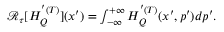
\begin{array} { r } { \mathcal { R } _ { \tau } [ H _ { Q } ^ { ' ( T ) } ] ( x ^ { \prime } ) = \int _ { - \infty } ^ { + \infty } H _ { Q } ^ { ' ( T ) } ( x ^ { \prime } , p ^ { \prime } ) d p ^ { \prime } . } \end{array}